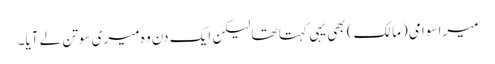
میرا سوامی (مالک) بھی یہی کہتا تھا لیکن ایک دن وہ میری سوتن لے آیا۔